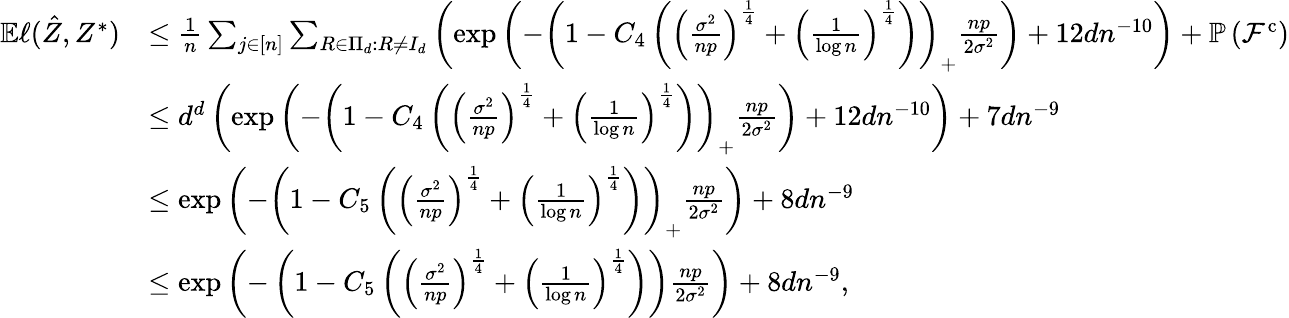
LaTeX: \begin{array}{rl}{\mathbb{E}\ell(\hat{Z},Z^{*})}&{\leq\frac{1}{n}\sum_{j\in[n]}\sum_{R\in\Pi_{d}:R\neq I_{d}}\left(\exp\left(-\left(1-C_{4}\left(\left(\frac{\sigma^{2}}{np}\right)^{\frac{1}{4}}+\left(\frac{1}{\log n}\right)^{\frac{1}{4}}\right)\right)_{+}\frac{np}{2\sigma^{2}}\right)+12dn^{-10}\right)+\mathbb{P}\left(\mathcal{F}^{\mathrm{c}}\right)}\\ &{\leq d^{d}\left(\exp\left(-\left(1-C_{4}\left(\left(\frac{\sigma^{2}}{np}\right)^{\frac{1}{4}}+\left(\frac{1}{\log n}\right)^{\frac{1}{4}}\right)\right)_{+}\frac{np}{2\sigma^{2}}\right)+12dn^{-10}\right)+7dn^{-9}}\\ &{\leq\exp\left(-\left(1-C_{5}\left(\left(\frac{\sigma^{2}}{np}\right)^{\frac{1}{4}}+\left(\frac{1}{\log n}\right)^{\frac{1}{4}}\right)\right)_{+}\frac{np}{2\sigma^{2}}\right)+8dn^{-9}}\\ &{\leq\exp\left(-\left(1-C_{5}\left(\left(\frac{\sigma^{2}}{np}\right)^{\frac{1}{4}}+\left(\frac{1}{\log n}\right)^{\frac{1}{4}}\right)\right)\frac{np}{2\sigma^{2}}\right)+8dn^{-9},}\end{array}